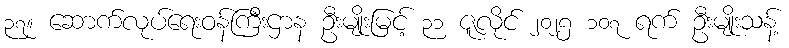
၃၇။ ဆောက်လုပ်ရေးဝန်ကြီးဌာန ဦးမျိုးမြင့် ၃၁ ဇူလိုင် ၂၀၂၅ ၁၀၇ ရက် ဦးမျိုးသန့်